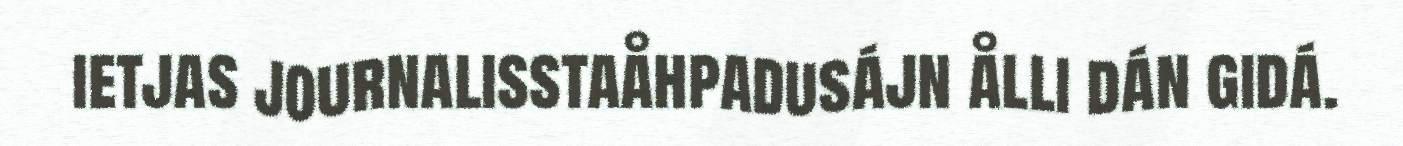
ietjas journalisstaåhpadusájn ålli dán gidá.